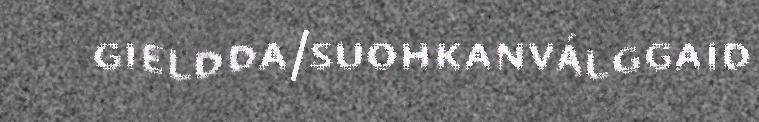
gieldda/suohkanválggaid